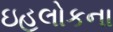
ઇહલોકના